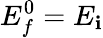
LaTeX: E_{f}^{0}=E_{\mathbf{i}}